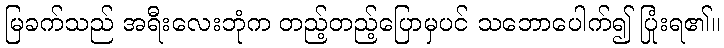
မြခက်သည် အရီးလေးဘုံက တည့်တည့်ပြောမှပင် သဘောပေါက်၍ ပြုံးရ၏။